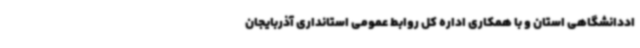
اددانشگاهی استان و با همکاری اداره کل روابط عمومی استانداری آذربایجان